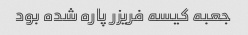
جعبه کیسه فریزر پاره شده بود